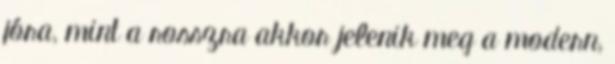
jóra, mint a rosszra akkor jelenik meg a modern,